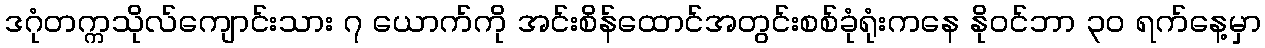
ဒဂုံတက္ကသိုလ်ကျောင်းသား ၇ ယောက်ကို အင်းစိန်ထောင်အတွင်းစစ်ခုံရုံးကနေ နို၀င်ဘာ ၃၀ ရက်နေ့မှာ